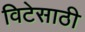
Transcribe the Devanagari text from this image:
विटेसाठी